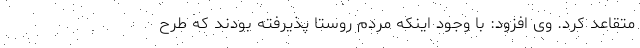
متقاعد کرد. وی افزود: با وجود اینکه مردم روستا پذیرفته بودند که طرح